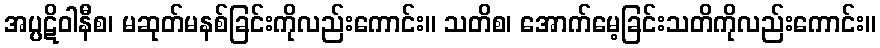
အပ္ပဋိဝါနီစ၊ မဆုတ်မနစ်ခြင်းကိုလည်းကောင်း။ သတိစ၊ အောက်မေ့ခြင်းသတိကိုလည်းကောင်း။